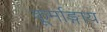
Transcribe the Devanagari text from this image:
कूर्माङ्गाय